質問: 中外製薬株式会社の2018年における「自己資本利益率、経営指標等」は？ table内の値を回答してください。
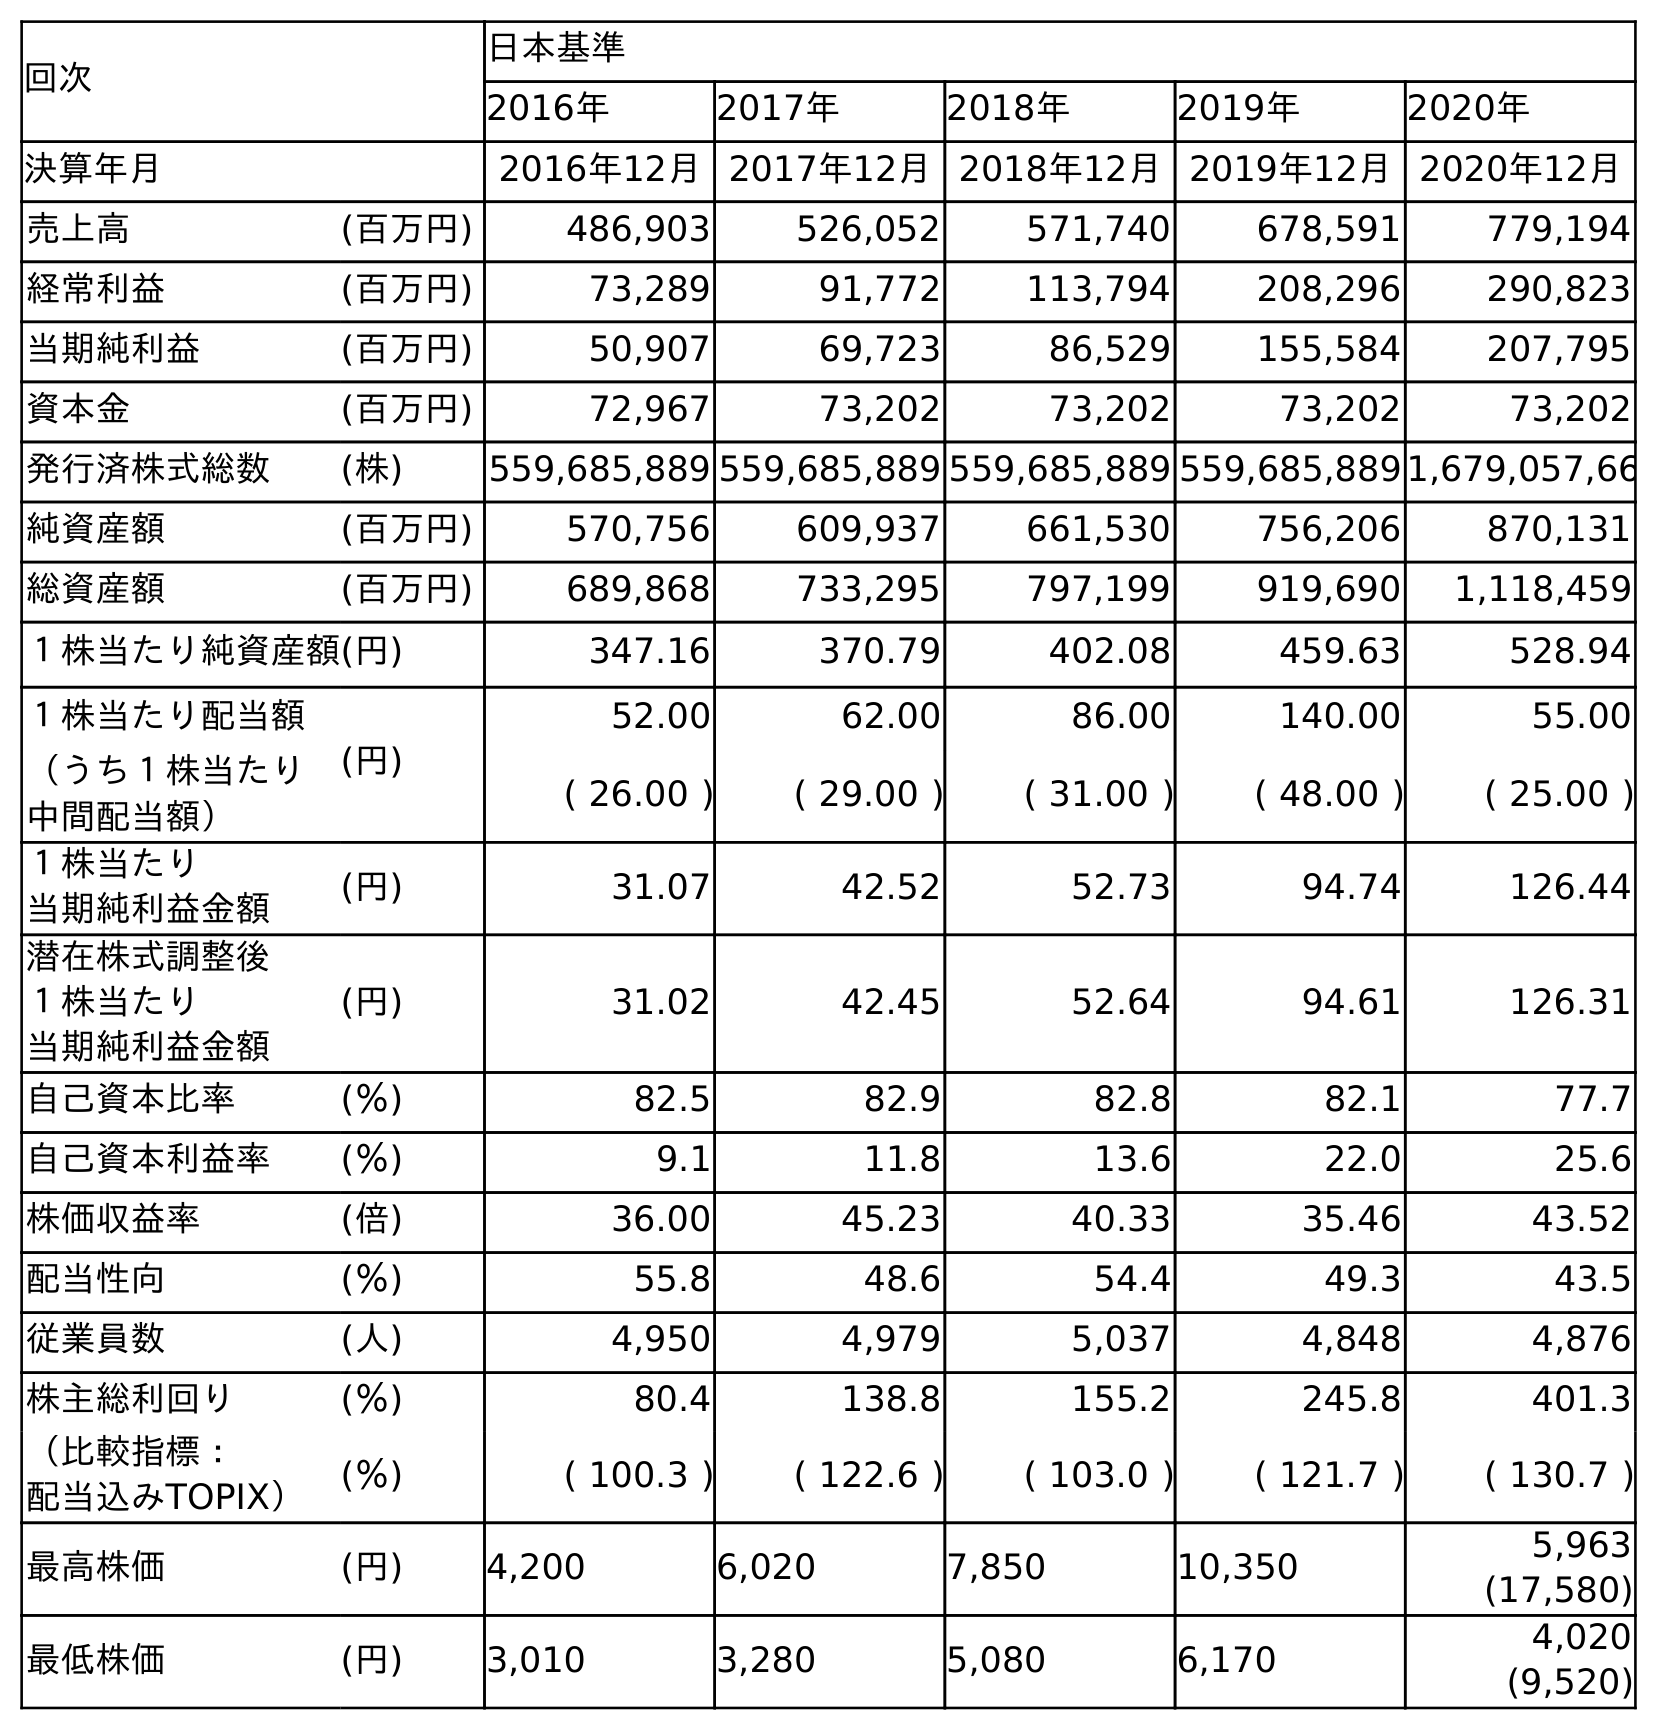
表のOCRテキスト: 回次 日本基準 2016年 2017年 2018年 2019年 2020年 決算年月 2016年12月2017年12月2018年12月2019年12月2020年12月 売上高 (百万円) 486,903 526,052 571,740 678,591 779,194 経常利益 (百万円) 73,289 91,772 113,794 208,296 290,823 当期純利益 (百万円) 50,907 69,723 86,529 155,584 207,795 資本金 (百万円) 72,967 73,202 73,202 73,202 73,202 発行済株式総数 (株) 559,685,889 559,685,889 559,685,889 559,685,8891,679,057,66 純資産額 (百万円) 570,756 609,937 661,530 756,206 870,131 総資産額 (百万円) 689,868 733,295 797,199 919,690 1,118,459 １株当たり純資産額(円) 347.16 370.79 402.08 459.63 528.94 １株当たり配当額 (円) 52.00 62.00 86.00 140.00 55.00 （うち１株当たり 中間配当額） ( 26.00 ) ( 29.00 ) ( 31.00 ) ( 48.00 ) ( 25.00 ) １株当たり 当期純利益金額 (円) 31.07 42.52 52.73 94.74 126.44 潜在株式調整後 １株当たり 当期純利益金額 (円) 31.02 42.45 52.64 94.61 126.31 自己資本比率 (％) 82.5 82.9 82.8 82.1 77.7 自己資本利益率 (％) 9.1 11.8 13.6 22.0 25.6 株価収益率 (倍) 36.00 45.23 40.33 35.46 43.52 配当性向 (％) 55.8 48.6 54.4 49.3 43.5 従業員数 (人) 4,950 4,979 5,037 4,848 4,876 株主総利回り (％) 80.4 138.8 155.2 245.8 401.3 （比較指標： 配当込みTOPIX） (％) ( 100.3 ) ( 122.6 ) ( 103.0 ) ( 121.7 ) ( 130.7 ) 最高株価 (円) 4,200 6,020 7,850 10,350 5,963 (17,580) 最低株価 (円) 3,010 3,280 5,080 6,170 4,020 (9,520)
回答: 13.6